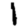
Digit: 1